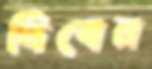
দিবেন